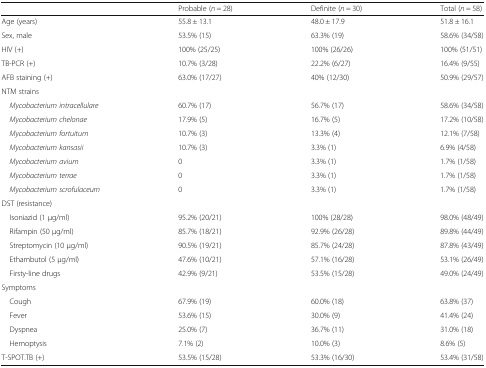
<table><thead><tr><td></td><td><b>Probable (<i>n</i> = 28)</b></td><td><b>Definite (<i>n</i> = 30)</b></td><td><b>Total (<i>n</i> = 58)</b></td></tr></thead><tbody><tr><td>Age (years)</td><td>55.8 ± 13.1</td><td>48.0 ± 17.9</td><td>51.8 ± 16.1</td></tr><tr><td>Sex, male</td><td>53.5% (15)</td><td>63.3% (19)</td><td>58.6% (34/58)</td></tr><tr><td>HIV (+)</td><td>100% (25/25)</td><td>100% (26/26)</td><td>100% (51/51)</td></tr><tr><td>TB-PCR (+)</td><td>10.7% (3/28)</td><td>22.2% (6/27)</td><td>16.4% (9/55)</td></tr><tr><td>AFB staining (+)</td><td>63.0% (17/27)</td><td>40% (12/30)</td><td>50.9% (29/57)</td></tr><tr><td colspan="4">NTM strains</td></tr><tr><td> <i>Mycobacterium intracellulare</i></td><td>60.7% (17)</td><td>56.7% (17)</td><td>58.6% (34/58)</td></tr><tr><td> <i>Mycobacterium chelonae</i></td><td>17.9% (5)</td><td>16.7% (5)</td><td>17.2% (10/58)</td></tr><tr><td> <i>Mycobacterium fortuitum</i></td><td>10.7% (3)</td><td>13.3% (4)</td><td>12.1% (7/58)</td></tr><tr><td> <i>Mycobacterium kansasii</i></td><td>10.7% (3)</td><td>3.3% (1)</td><td>6.9% (4/58)</td></tr><tr><td> <i>Mycobacterium avium</i></td><td>0</td><td>3.3% (1)</td><td>1.7% (1/58)</td></tr><tr><td> <i>Mycobacterium terrae</i></td><td>0</td><td>3.3% (1)</td><td>1.7% (1/58)</td></tr><tr><td> <i>Mycobacterium scrofulaceum</i></td><td>0</td><td>3.3% (1)</td><td>1.7% (1/58)</td></tr><tr><td colspan="4">DST (resistance)</td></tr><tr><td> Isoniazid (1 μg/ml)</td><td>95.2% (20/21)</td><td>100% (28/28)</td><td>98.0% (48/49)</td></tr><tr><td> Rifampin (50 μg/ml)</td><td>85.7% (18/21)</td><td>92.9% (26/28)</td><td>89.8% (44/49)</td></tr><tr><td> Streptomycin (10 μg/ml)</td><td>90.5% (19/21)</td><td>85.7% (24/28)</td><td>87.8% (43/49)</td></tr><tr><td> Ethambutol (5 μg/ml)</td><td>47.6% (10/21)</td><td>57.1% (16/28)</td><td>53.1% (26/49)</td></tr><tr><td> Firsty-line drugs</td><td>42.9% (9/21)</td><td>53.5% (15/28)</td><td>49.0% (24/49)</td></tr><tr><td colspan="4">Symptoms</td></tr><tr><td> Cough</td><td>67.9% (19)</td><td>60.0% (18)</td><td>63.8% (37)</td></tr><tr><td> Fever</td><td>53.6% (15)</td><td>30.0% (9)</td><td>41.4% (24)</td></tr><tr><td> Dyspnea</td><td>25.0% (7)</td><td>36.7% (11)</td><td>31.0% (18)</td></tr><tr><td> Hemoptysis</td><td>7.1% (2)</td><td>10.0% (3)</td><td>8.6% (5)</td></tr><tr><td>T-SPOT.TB (+)</td><td>53.5% (15/28)</td><td>53.3% (16/30)</td><td>53.4% (31/58)</td></tr></tbody></table>